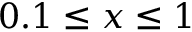
0 . 1 \leq x \leq 1